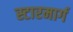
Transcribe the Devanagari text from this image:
स्टारमार्ग